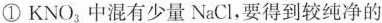
①KNO_{3}中混有少量NaCl，要得到较纯净的